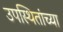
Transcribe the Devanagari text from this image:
उपस्थितांच्या